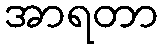
အာရတာ